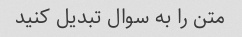
متن را به سوال تبدیل کنید